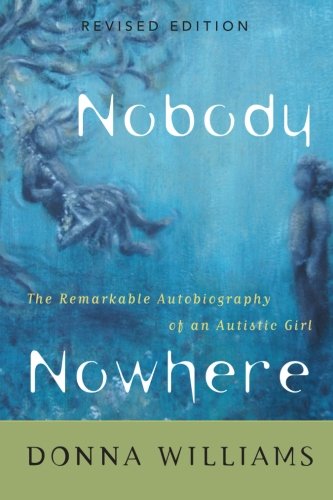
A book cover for Nobody Nowhere: The Remarkable Autobiography of an Autistic Girl; Donna Williams; Biographies & Memoirs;